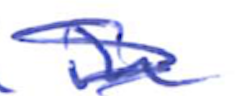
Text: in
Cross-out: scratch
Writing tool: ballpoint